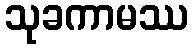
သုခကာမဿ